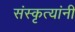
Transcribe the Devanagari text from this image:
संस्कृत्यांनी